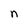
Character: n